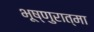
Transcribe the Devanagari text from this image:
भूष्णुरात्मा